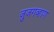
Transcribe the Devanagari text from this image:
जुजगव्हाण